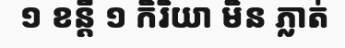
១ ខន្តី ១ កិរិយា មិន ភ្លាត់